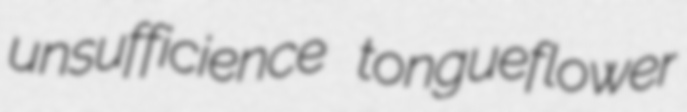
unsufficience tongueflower